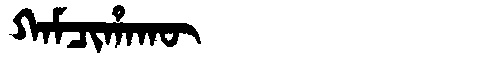
Manchu: ᡴᠠᠮᠴᡳᡥᠠᡴᡡ
Romanization: KAMCIHAKŪ